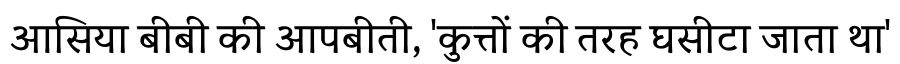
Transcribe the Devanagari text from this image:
आसिया बीबी की आपबीती, 'कुत्तों की तरह घसीटा जाता था'